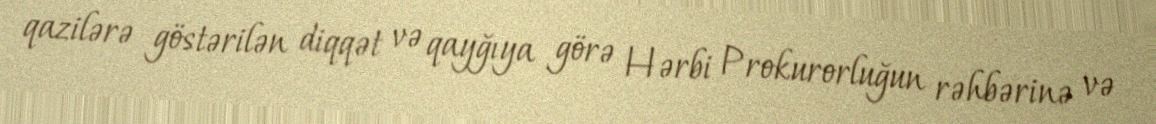
qazilərə göstərilən diqqət və qayğıya görə Hərbi Prokurorluğun rəhbərinə və